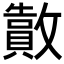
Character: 𫿜